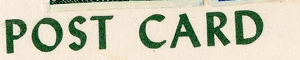
POST CARD